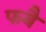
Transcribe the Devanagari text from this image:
फबै